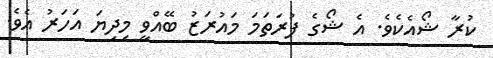
ކުރާ ޝޯއެކެވެ. އެ ޝޯގެ ފުރަތަމަ މައުރަޒު ބޭއްވީ މިދިޔަ އަހަރު އެވެ.